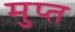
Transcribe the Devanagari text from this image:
मुप्त